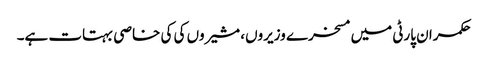
حکمران پارٹی میں مسخرے وزیروں، مشیروں کی کی خاصی بہتات ہے۔